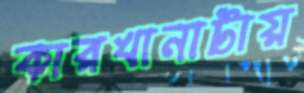
কারখানাটায়